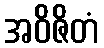
အဝိဇိတံ